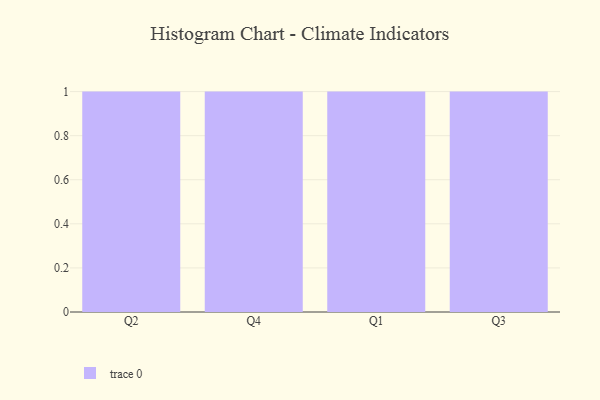
{"axis": {"x": "Quarter", "y": "Population (Million)"}, "legend": [""], "data": [{"x": "Q2", "y": 76, "type": ""}, {"x": "Q4", "y": 72, "type": ""}, {"x": "Q1", "y": 30, "type": ""}, {"x": "Q3", "y": 44, "type": ""}]}